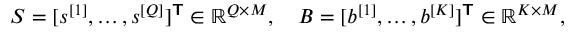
\begin{array} { r } { S = [ \boldsymbol { s } ^ { [ 1 ] } , \ldots , \boldsymbol { s } ^ { [ Q ] } ] ^ { \boldsymbol { \mathsf { T } } } \in \mathbb { R } ^ { Q \times M } , \quad B = [ \boldsymbol { b } ^ { [ 1 ] } , \ldots , \boldsymbol { b } ^ { [ K ] } ] ^ { \boldsymbol { \mathsf { T } } } \in \mathbb { R } ^ { K \times M } , } \end{array}